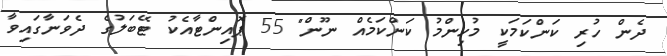
ދެން ހުރި ކަންކަމަކީ މުހިންމު ކަންކަމެއް ނޫން" 55 ޕޮއިންޓާއެކު ޓޭބަލުގެ ދެވަނާގައިވާ